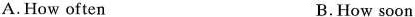
A.How often B.How soon